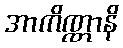
အာကိဏ္ဏာနိ